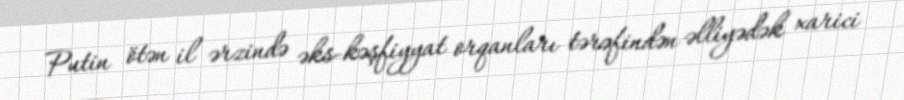
Putin ötən il ərzində əks-kəşfiyyat orqanları tərəfindən əlliyədək xarici